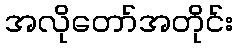
အလိုတော်အတိုင်း